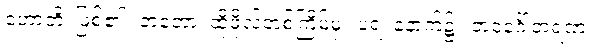
ဟောတိ၊ ဖြစ်၏။ တတော၊ ထိုဖိုလ်တစ်ကြိမ်မှ။ ပရံ၊ နောက်၌။ ဘဝင်္ဂေါတရဏံ၊